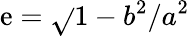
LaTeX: \mathrm{e}=\sqrt{}{{1-b^{2}/a^{2}}}